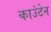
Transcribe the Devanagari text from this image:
काउंटेन